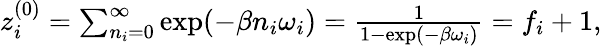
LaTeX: \begin{array}{r}{z_{i}^{(0)}=\sum_{n_{i}=0}^{\infty}\exp(-\beta n_{i}\omega_{i})=\frac{1}{1-\exp(-\beta\omega_{i})}=f_{i}+1,}\end{array}